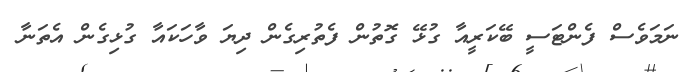
ނަމަވެސް ފެންޓަސީ ބޭކަރީއާ ގުޅޭ ގޮތުން ފެތުރިގެން ދިޔަ ވާހަކައާ ގުޅިގެން އެތަނާ